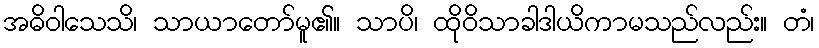
အဓိဝါသေသိ၊ သာယာတော်မူ၏။ သာပိ၊ ထိုဝိသာခါဒါယိကာမသည်လည်း။ တံ၊